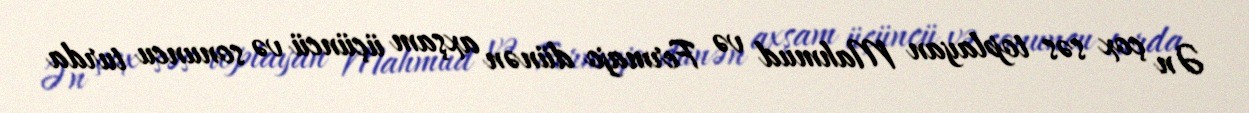
Ən çox səs toplayan Mahmud və Fermajo dünən axşam üçüncü və sonuncu turda